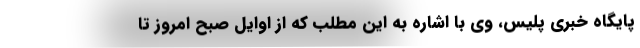
پایگاه خبری پلیس، وی با اشاره به این مطلب که از اوایل صبح امروز تا